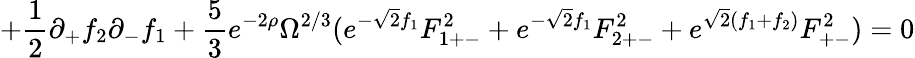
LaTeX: +\frac{1}{2}\partial_{+}f_{2}\partial_{-}f_{1}+\frac{5}{3}e^{-2\rho}\Omega^{2/3}(e^{-\sqrt{2}f_{1}}F_{1+-}^{2}+e^{-\sqrt{2}f_{1}}F_{2+-}^{2}+e^{\sqrt{2}(f_{1}+f_{2})}F_{+-}^{2})=0